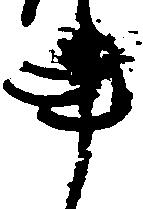
事